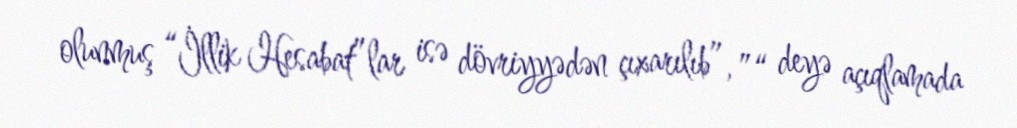
olunmuş “İllik Hesabat”lar isə dövriyyədən çıxarılıb”, ”“ deyə açıqlamada